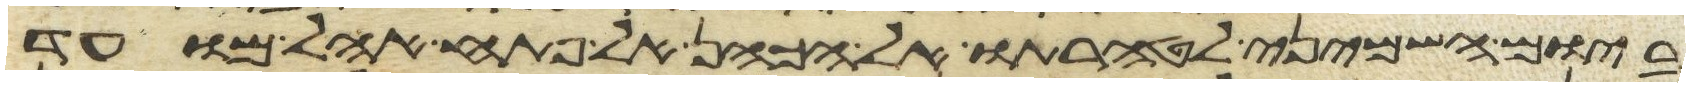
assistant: ביום השמיני לטהרתו אל הכהן אל פתח אהל מועד